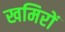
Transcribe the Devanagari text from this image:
खमिरों